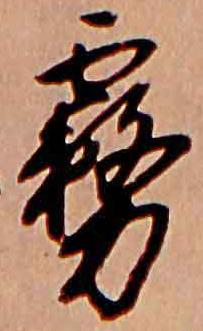
霧